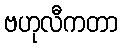
ဗဟုလီကတာ